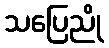
သပြေညို